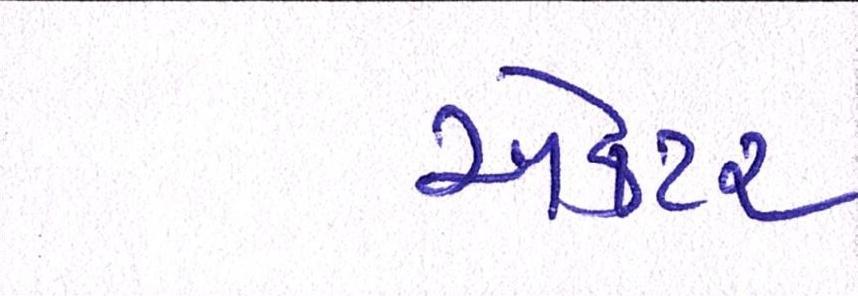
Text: ઍક્ટર